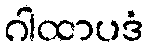
ဂါထာပဒံ